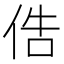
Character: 俈